Civil Veterinary Department Bengal reports 1923-33 - 1923-1933
Year: 1923
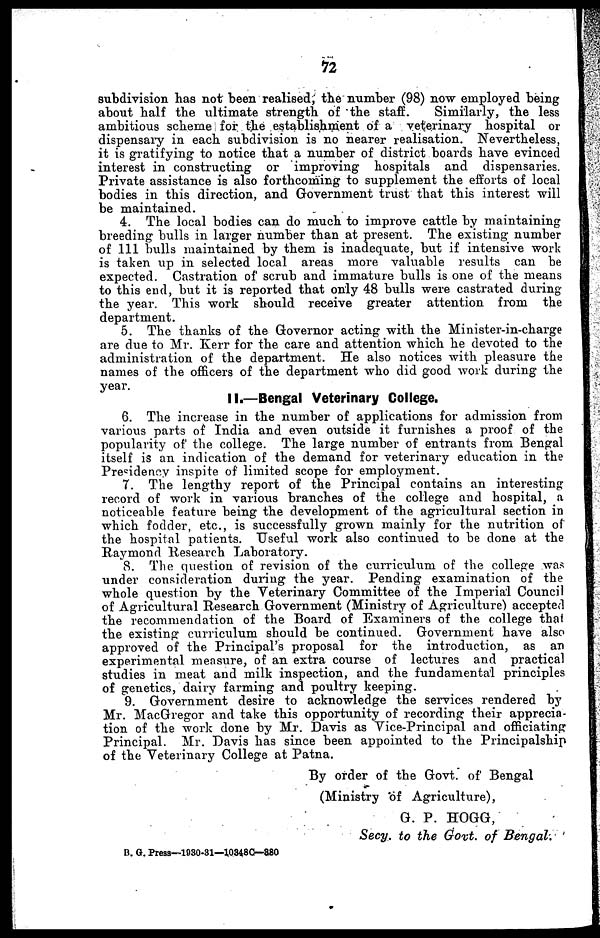
12
subdivision has not been realised, the number (98) now employed being
about half the ultimate strength of the staff.
Similarly, the less
ambitious scheme for the establishment of a veterinary hospital or
dispensary in each subdivision is no nearer realisation. Nevertheless,
it is gratifying to notice that a number of district boards have evinced
interest in constructing or improving hospitals and dispensaries.
Private assistance is also forthcoming to supplement the efforts of local
bodies in this direction, and Government trust that this interest will
be maintained.
4. The local bodies can do much to improve cattle by maintaining
breeding bulls in larger number than at present. The existing number
of 111 bulls maintained by them is inadequate, but if intensive work
is taken up in selected local areas more valuable results can be
expected. Castration of scrub and immature bulls is one of the means
to this end, but it is reported that only 48 bulls were castrated during
the year. This work should receive greater attention from the
department.
5. The thanks of the Governor acting with the Minister-in-charge
are due to Mr. Kerr for the care and attention which he devoted to the
administration of the department. He also notices with pleasure the
names of the officers of the department who did good work during the
year.
II.—Bengal Veterinary College.
6. The increase in the number of applications for admission from
various parts of India and even outside it furnishes a proof of the
popularity of the college. The large number of entrants from Bengal
itself is an indication of the demand for veterinary education in the
Presidency inspite of limited scope for employment.
7. The lengthy report of the Principal contains an interesting
record of work in various branches of the college and hospital, a
noticeable feature being the development of the agricultural section in
which fodder, etc., is successfully grown mainly for the nutrition of
the hospital patients. Useful work also continued to be done at the
Raymond Research Laboratory.
8. The question of revision of the curriculum of the college was
under consideration during the year. Pending examination of the
whole question by the Veterinary Committee of the Imperial Council
of Agricultural Research Government (Ministry of Agriculture) accepted
the recommendation of the Board of Examiners of the college thai
the existing curriculum should be continued. Government have also
approved of the Principal's proposal for the introduction, as an
experimental measure, of an extra course of lectures and practical
studies in meat and milk inspection, and the fundamental principles
of genetics, dairy farming and poultry keeping.
9. Government desire to acknowledge the services rendered by
Mr. MacGregor and take this opportunity of recording their apprecia-
tion of the work done by Mr. Davis as Vice-Principal and officiating
Principal. Mr. Davis has since been appointed to the Principalship
of the Veterinary College at Patna.
By order of the Govt. of Bengal
(Ministry of Agriculture),
G. P. HOGG,
Secy. to the Govt. of Bengal.
B. G. Press—1930-31—1,034 8C—880